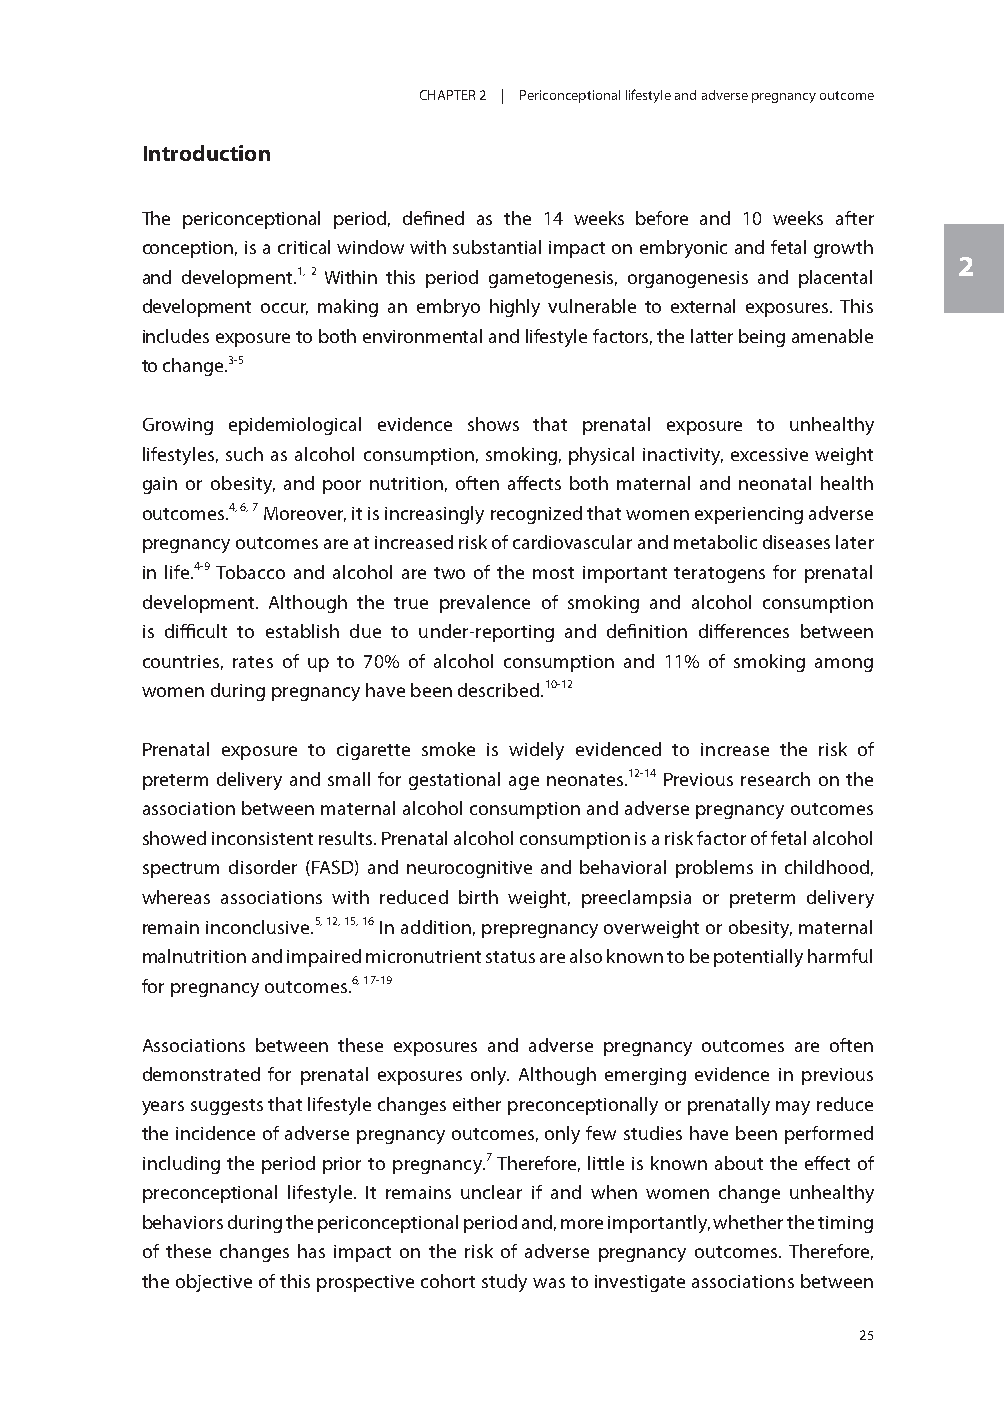
CHAPTER 2 | Periconceptional lifestyle and adverse pregnancy outcome
 Introduction
 The periconceptional period, defined as the 14 weeks before and 10 weeks after
 conception, is a critical window with substantial impact on embryonic and fetal growth
 2
 and development.1, 2 Within this period gametogenesis, organogenesis and placental
 development occur, making an embryo highly vulnerable to external exposures. This
 includes exposure to both environmental and lifestyle factors, the latter being amenable
 to change.3-5
 Growing epidemiological evidence shows that prenatal exposure to unhealthy
 lifestyles, such as alcohol consumption, smoking, physical inactivity, excessive weight
 gain or obesity, and poor nutrition, often affects both maternal and neonatal health
 outcomes.4, 6, 7 Moreover, it is increasingly recognized that women experiencing adverse
 pregnancy outcomes are at increased risk of cardiovascular and metabolic diseases later
 in life.4-9 Tobacco and alcohol are two of the most important teratogens for prenatal
 development. Although the true prevalence of smoking and alcohol consumption
 is difficult to establish due to under-reporting and definition differences between
 countries, rates of up to 70% of alcohol consumption and 11% of smoking among
 women during pregnancy have been described.10-12
 Prenatal exposure to cigarette smoke is widely evidenced to increase the risk of
 preterm delivery and small for gestational age neonates.12-14 Previous research on the
 association between maternal alcohol consumption and adverse pregnancy outcomes
 showed inconsistent results. Prenatal alcohol consumption is a risk factor of fetal alcohol
 spectrum disorder (FASD) and neurocognitive and behavioral problems in childhood,
 whereas associations with reduced birth weight, preeclampsia or preterm delivery
 remain inconclusive.5, 12, 15, 16 In addition, prepregnancy overweight or obesity, maternal
 malnutrition and impaired micronutrient status are also known to be potentially harmful
 for pregnancy outcomes.6, 17-19
 Associations between these exposures and adverse pregnancy outcomes are often
 demonstrated for prenatal exposures only. Although emerging evidence in previous
 years suggests that lifestyle changes either preconceptionally or prenatally may reduce
 the incidence of adverse pregnancy outcomes, only few studies have been performed
 including the period prior to pregnancy.7 Therefore, little is known about the effect of
 preconceptional lifestyle. It remains unclear if and when women change unhealthy
 behaviors during the periconceptional period and, more importantly, whether the timing
 of these changes has impact on the risk of adverse pregnancy outcomes. Therefore,
 the objective of this prospective cohort study was to investigate associations between
 25